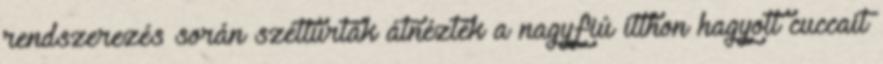
rendszerezés során széttúrták átnézték a nagyfiú itthon hagyott cuccait